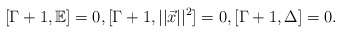
\begin{align*} [\Gamma+1, \mathbb{E}]=0,[\Gamma+1,||\vec{x}||^2]=0,[\Gamma+1,\Delta]=0.\end{align*}